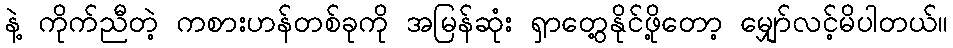
နဲ့ ကိုက်ညီတဲ့ ကစားဟန်တစ်ခုကို အမြန်ဆုံး ရှာတွေ့နိုင်ဖို့တော့ မျှော်လင့်မိပါတယ်။